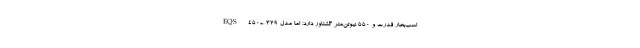
EQS 450+، ۳۲۹ اسب‌بخار قدرت و ۵۵۰ نیوتن‌متر گشتاور دارد؛ اما مدل